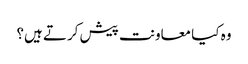
وہ کیا معاونت پیش کرتے ہیں؟